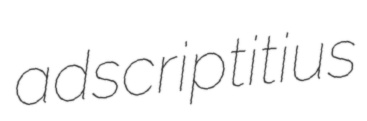
adscriptitius